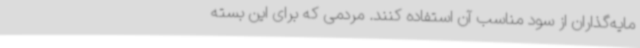
مایه‌گذاران از سود مناسب آن استفاده کنند. مردمی که برای این بسته